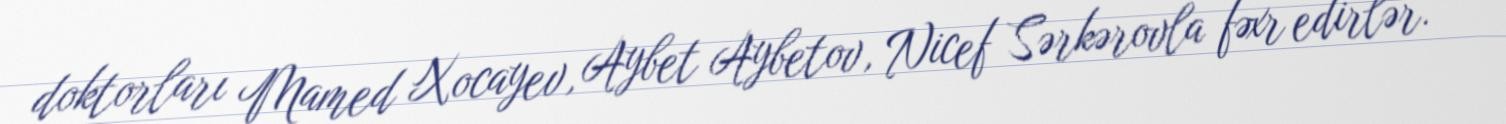
doktorları Mamed Xocayev, Aybet Aybetov, Nicef Sərkərovla fəxr edirlər.